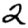
Digit: 2